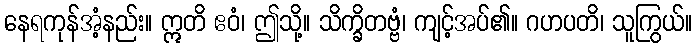
နေရကုန်အံ့နည်း။ ဣတိ ဧဝံ၊ ဤသို့။ သိက္ခိတဗ္ဗံ၊ ကျင့်အပ်၏။ ဂဟပတိ၊ သူကြွယ်။